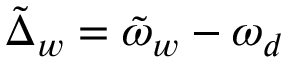
\tilde { \Delta } _ { w } = \tilde { \omega } _ { w } - \omega _ { d }